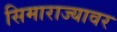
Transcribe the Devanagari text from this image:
सिमाराज्यावर